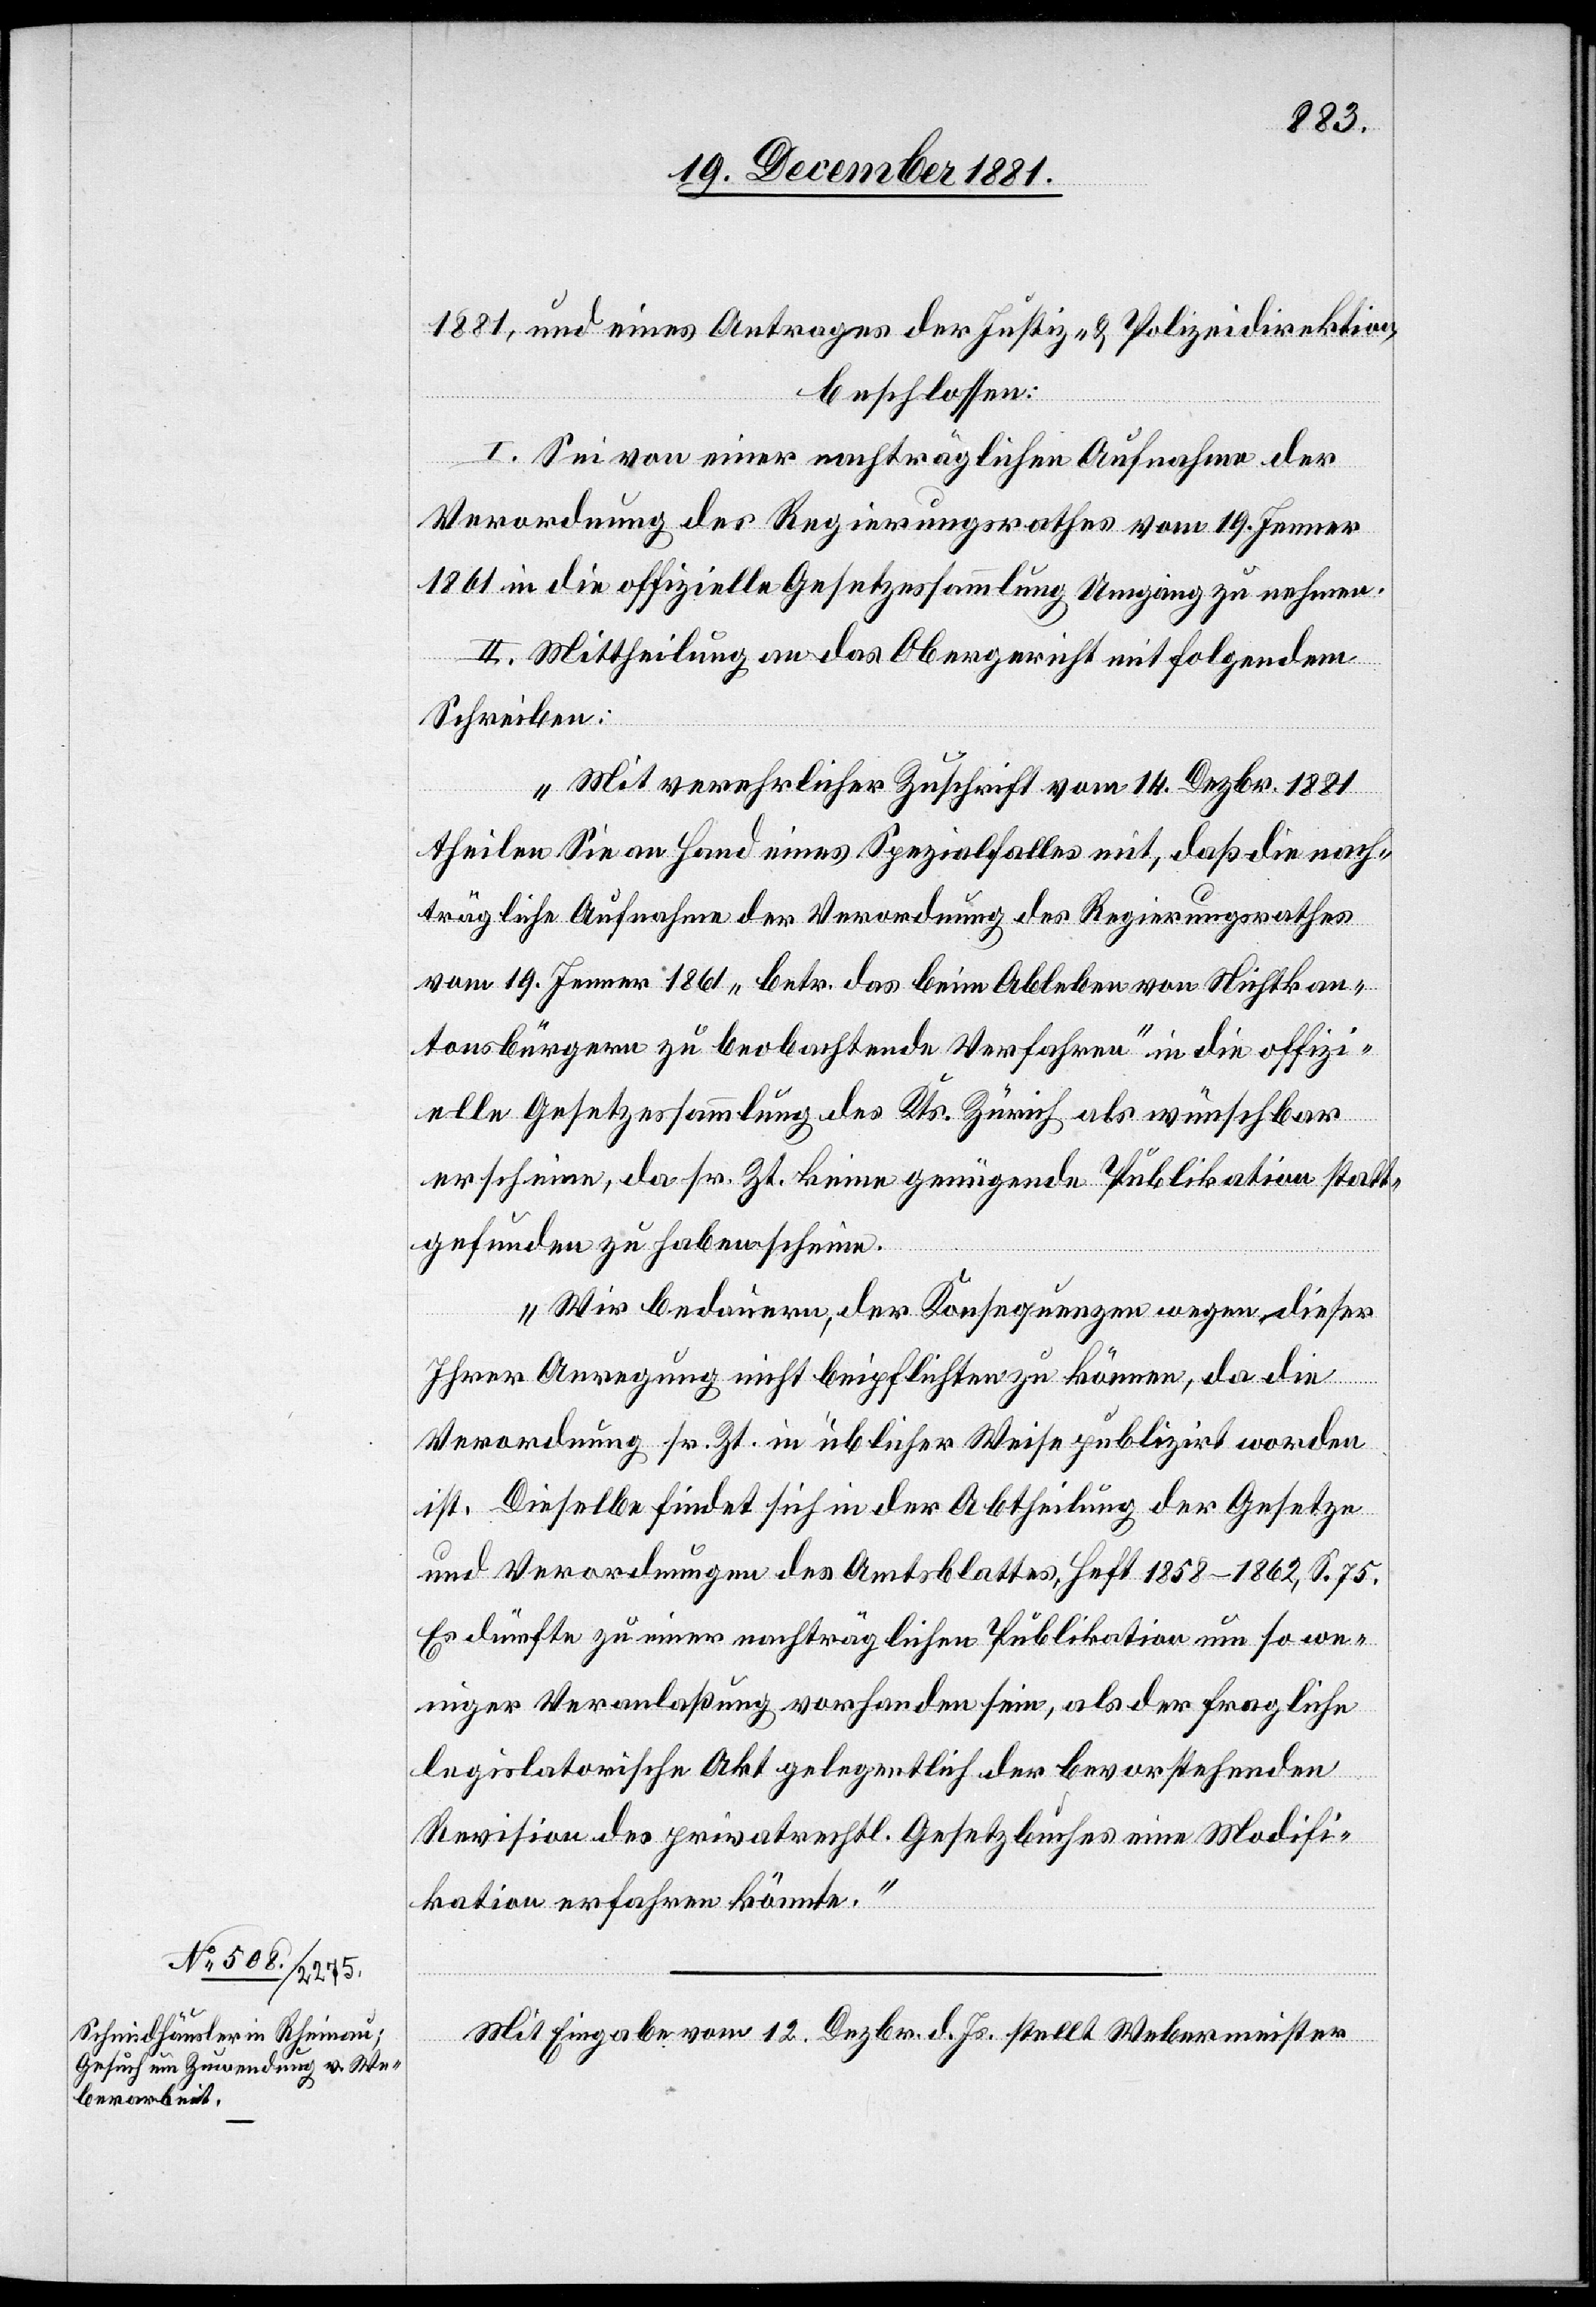
1881, und eines Antrages der Justiz- & Polizeidirektion,
beschlossen:
I. Sei von einer nachträglichen Aufnahme der
Verordnung des Regierungsrathes vom 19. Jenner
1861 in die offizielle Gesetzessammlung Umgang zu nehmen.
II. Mittheilung an das Obergericht mit folgendem
Schreiben:
„Mit verehrlicher Zuschrift vom 14. Dezbr. 1881
theilen Sie an Hand eines Spezialfalles mit, daß die nach¬
trägliche Aufnahme der Verordnung des Regierungsrathes
vom 19. Jenner 1861 „betr. das beim Ableben von Nichtkan¬
tonsbürgern zu beobachtende Verfahren“ in die offizi¬
elle Gesetzessammlung des Kts. Zürich als wünschbar
erscheine, da sr. Zt. keine genügende Publikation statt¬
gefunden zu haben scheine.
Wir bedauern, der Konsequenzen wegen dieser
Ihrer Anregung nicht beipflichten zu können, da die
Verordnung sr. Zt. in üblicher Weise publizirt worden
ist. Dieselbe findet sich in der Abtheilung der Gesetze
und Verordnungen des Amtsblattes, Heft 1858–1862, S. 75.
Es dürfte zu einer nachträglichen Publikation um so we¬
niger Veranlaßung vorhanden sein, als der fragliche
legislatorische Akt gelegentlich der bevorstehenden
Revision des privatrechtl. Gesetzbuches eine Modifi¬
kation erfahren könnte.“
Mit Eingabe vom 12. Dezbr. d. Js. stellt Webermeister